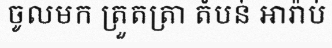
ចូលមក ត្រួតត្រា តំបន់ អារ៉ាប់